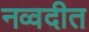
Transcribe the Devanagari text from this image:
नव्वदीत